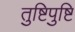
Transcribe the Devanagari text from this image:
तुष्टिपुष्टि